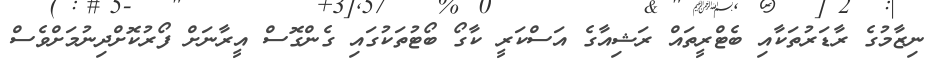
ނިޒާމުގެ ރާޑަރުތަކާއި ބެޓްރީތައް ރަޝިއާގެ އަސްކަރީ ކާގޯ ބޯޓުތަކުގައި ގެންގޮސް އީރާނަށް ފޯރުކޮށްދިނުމަށްވެސް